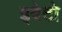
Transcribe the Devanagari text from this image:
इवेटो